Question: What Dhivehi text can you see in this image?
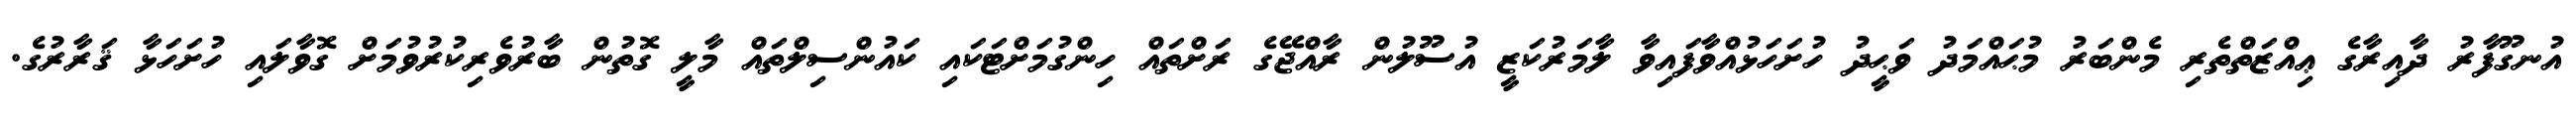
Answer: އުނގޫފާރު ދާއިރާގެ ޢިއްޒަތްތެރި މެންބަރު މުޙައްމަދު ވަޙީދު ހުށަހަޅުއްވާފައިވާ ލާމަރުކަޒީ އުސޫލުން ރާއްޖޭގެ ރަށްތައް ހިންގުމަށްޓަކައި ކައުންސިލްތައް މާލީ ގޮތުން ބާރުވެރިކުރުވުމަށް ގޮވާލައި ހުށަހަޅާ ޤަރާރުގެ.